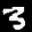
Label: 3